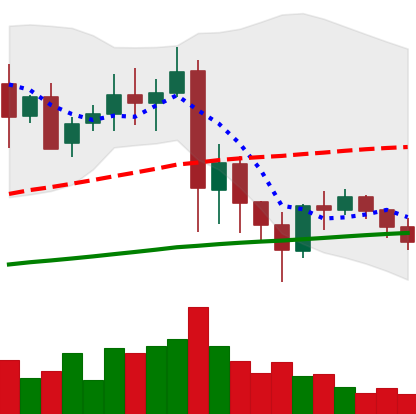
Ticker: XRP-USD
Chart end date: 2021-05-29
Forward return: 25.672%
Label: up_7plus